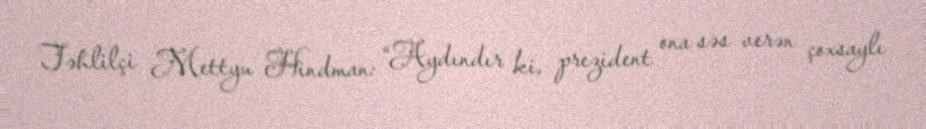
Təhlilçi Mettyu Hindman: “Aydındır ki, prezident ona səs verən çoxsaylı